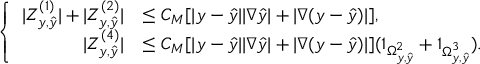
\left\{ \begin{array} { r l } { | Z _ { y , \hat { y } } ^ { ( 1 ) } | + | Z _ { y , \hat { y } } ^ { ( 2 ) } | } & { \leq C _ { M } [ | y - \hat { y } | | \nabla \hat { y } | + | \nabla ( y - \hat { y } ) | ] , } \\ { | Z _ { y , \hat { y } } ^ { ( 4 ) } | } & { \leq C _ { M } [ | y - \hat { y } | | \nabla \hat { y } | + | \nabla ( y - \hat { y } ) | ] ( \mathbb { 1 } _ { \Omega _ { y , \hat { y } } ^ { 2 } } + \mathbb { 1 } _ { \Omega _ { y , \hat { y } } ^ { 3 } } ) . } \end{array} \right.